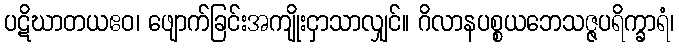
ပဋိဃာတယဧဝ၊ ဖျောက်ခြင်းအကျိုးငှာသာလျှင်။ ဂိလာနပစ္စယဘေသဇ္ဇပရိက္ခာရံ၊